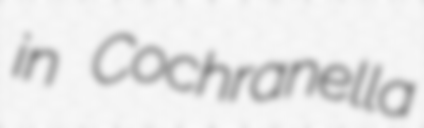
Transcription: in Cochranella